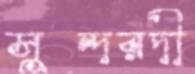
সুন্দরদী